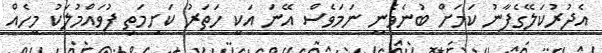
އެދުރުކަލޭގެފާނު ކަމަށް ބުނެވެނީ ނަމަވެސް އޭނަ އަކީ ހަތަރު ކަށިމަތި ފުވައްމުލަކު މީހެއް